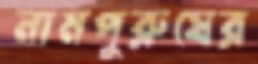
নামপুরুষের